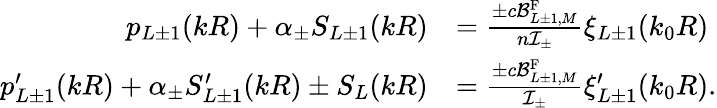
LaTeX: \begin{array}{rl}{p_{L\pm 1}(kR)+\alpha_{\pm}S_{L\pm 1}(kR)}&{=\frac{\pm c\mathcal{B}_{L\pm 1,M}^{\mathrm{F}}}{n{\cal I}_{\pm}}\xi_{L\pm 1}(k_{0}R)}\\ {p_{L\pm 1}^{\prime}(kR)+\alpha_{\pm}S_{L\pm 1}^{\prime}(kR)\pm S_{L}(kR)}&{=\frac{\pm c\mathcal{B}_{L\pm 1,M}^{\mathrm{F}}}{{\cal I}_{\pm}}\xi_{L\pm 1}^{\prime}(k_{0}R).}\end{array}